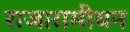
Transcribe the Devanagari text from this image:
राजारामीयन